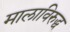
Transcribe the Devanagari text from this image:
मालाविरुद्ध